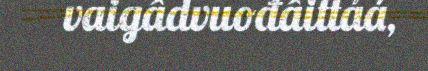
vaigâdvuođâittáá,